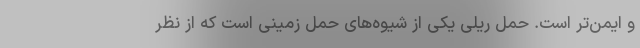
و ایمن‌تر است. حمل‌ ریلی یکی از شیوه‌های حمل زمینی است که از نظر